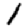
Digit: 1